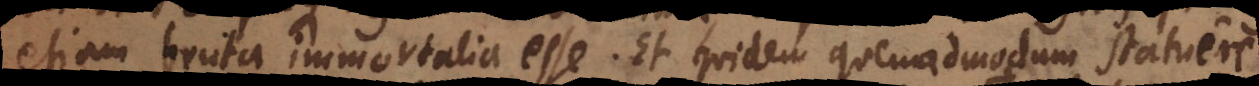
etiam bruta immortalia esse. Et quidem quemadmodum statuere